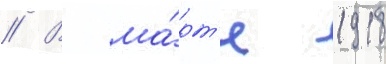
// В ма́рт'е 1918